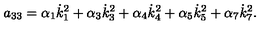
a _ { 3 3 } = \alpha _ { 1 } \dot { k } _ { 1 } ^ { 2 } + \alpha _ { 3 } \dot { k } _ { 3 } ^ { 2 } + \alpha _ { 4 } \dot { k } _ { 4 } ^ { 2 } + \alpha _ { 5 } \dot { k } _ { 5 } ^ { 2 } + \alpha _ { 7 } \dot { k } _ { 7 } ^ { 2 } .